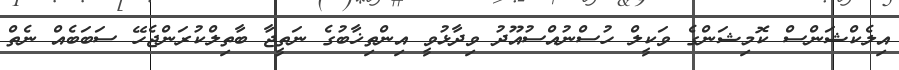
އިލެކްޝަންސް ކޮމިޝަންގެ ވަކީލް ހުސްނުއްސުއޫދު ވިދާޅުވީ އިންތިޚާބުގެ ނަތީޖާ ބާތިލްކުރަންޖެހޭ ސަބަބެއް ނެތް